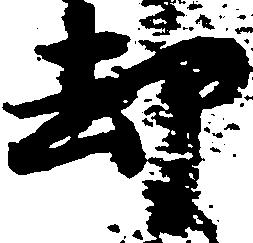
却